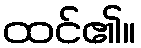
ထင်၏။